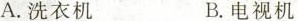
A.洗衣机 B.电视机